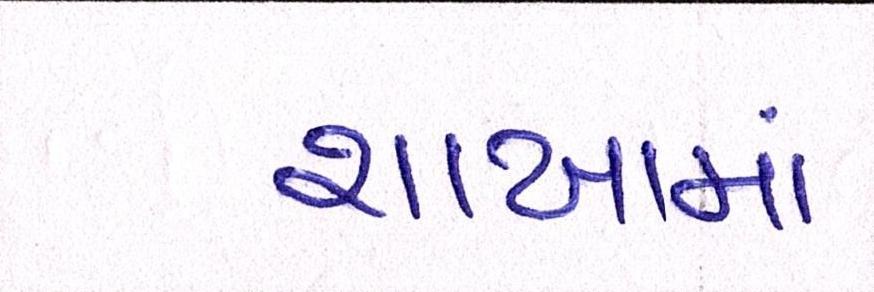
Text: શાખામાં